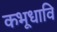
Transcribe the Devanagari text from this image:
कभूधावि